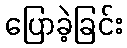
ပြောခဲ့ခြင်း